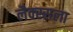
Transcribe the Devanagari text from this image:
लैक्स्सला